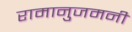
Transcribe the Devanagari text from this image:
रामानुजमनी